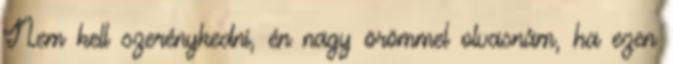
Nem kell szerénykedni, én nagy örömmel olvasnám, ha ezen